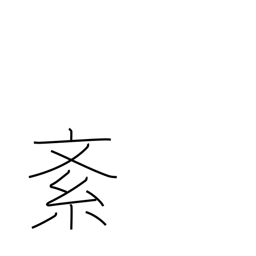
Meaning: disturb